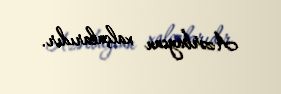
Azərbaycan xalçalarıdır.